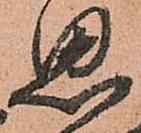
思